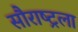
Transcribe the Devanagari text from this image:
सौराष्ट्रला